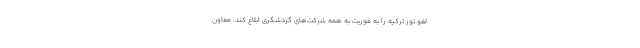
لغو تور ترکیه را به فوریت به همه شرکت‌های گردشگری ابلاغ کند. معاون